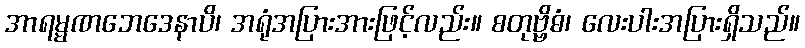
အာရမ္မဏဘေဒေနာပိ၊ အရုံအပြားအားဖြင့်လည်း။ စတုဗ္ဗိဓံ၊ လေးပါးအပြားရှိသည်။